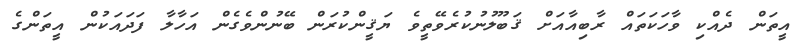
އީތަން ދެއްކި ވާހަކަތައް ރާބިއާއަށް ޤަބޫލުނުކުރެވޭތީވެ ޔަޤީންކުރަން ބޭނުންވެގެން އަހާލާ ފަދައަކުން އީތަންގެ